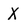
Character: X